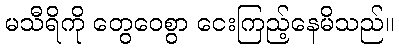
မသီရိကို တွေဝေစွာ ငေးကြည့်နေမိသည်။